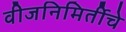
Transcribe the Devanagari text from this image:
वीजनिमिर्तीचे